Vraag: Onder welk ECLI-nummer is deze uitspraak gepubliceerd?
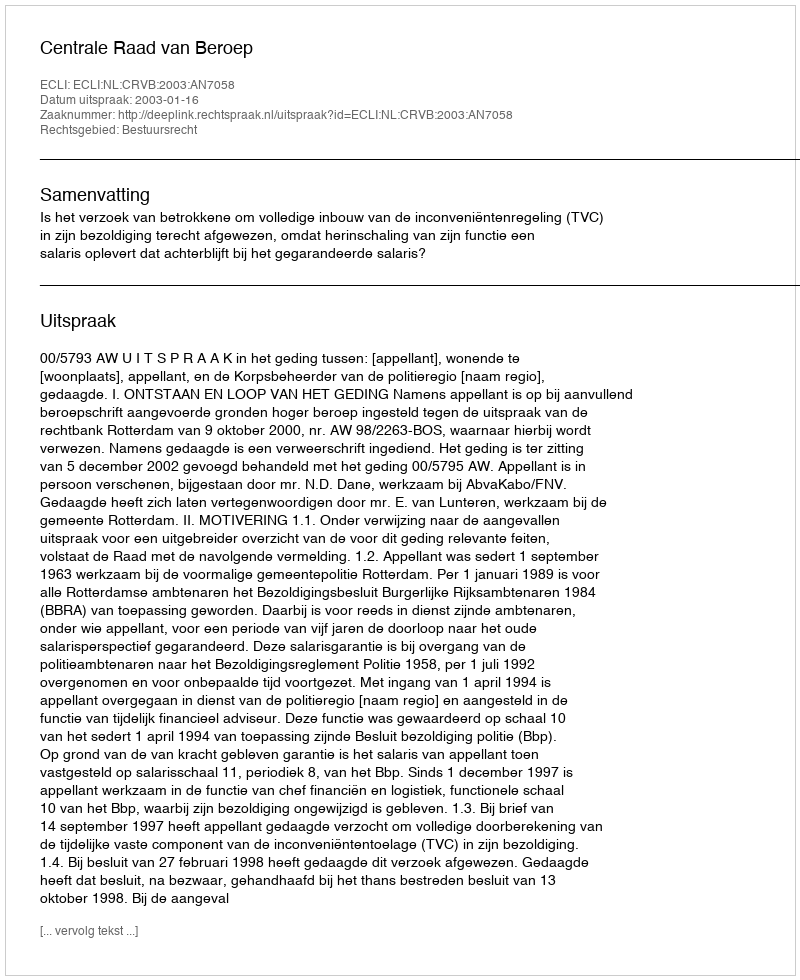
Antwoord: ECLI:NL:CRVB:2003:AN7058